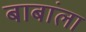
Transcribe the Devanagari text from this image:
बाबांला